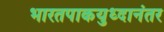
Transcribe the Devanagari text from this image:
भारतपाकयुध्दानंतर